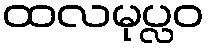
ထလမုပ္လဝ